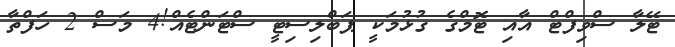
ޓޭލާ ސްވިފްޓް އާއި ޓޮމްގެ ގުޅުމަކީ ޕަބްލިސިޓީ ސްޓަންޓެއް!4 މަސް 2 ހަފްތާ